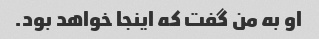
او به من گفت که اینجا خواهد بود.